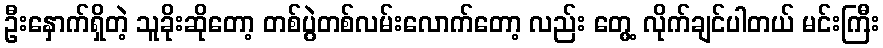
ဦးနှောက်ရှိတဲ့ သူခိုးဆိုတော့ တစ်ပွဲတစ်လမ်းလောက်တော့ လည်း တွေ့ လိုက်ချင်ပါတယ် မင်းကြီး